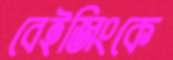
বেইজিংকে